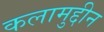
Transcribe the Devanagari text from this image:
कलामुद्दीन